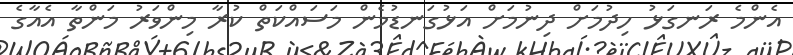
އެންމެ ރަނގަޅު ހިދުމަށް ދިނުމަށް އަޅުގަނޑުމެން މަސައްކަތް ކުރާ މިންވަރު މަންތާ އެއާގެ